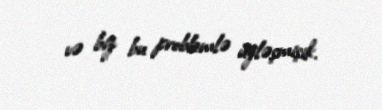
və biz bu problemlə üzləşmişik.